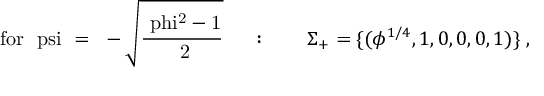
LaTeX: \mathrm { f o r ~ \ p s i ~ = ~ - \sqrt { \frac { \ p h i ^ { 2 } - 1 } { ~ 2 } } ~ } \quad : \qquad \Sigma _ { + } = \{ ( \phi ^ { 1 / 4 } , 1 , 0 , 0 , 0 , 1 ) \} \; ,